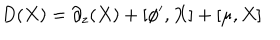
D ( X ) = \partial _ { z } ( X ) + [ \phi ^ { \prime } , X ] + [ \mu , X ] \nonumber